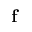
\mathbf { f }